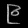
Digit: ၉